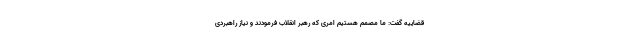
قضاییه گفت: ما مصمم هستیم امری که رهبر انقلاب فرمودند و نیاز راهبردی